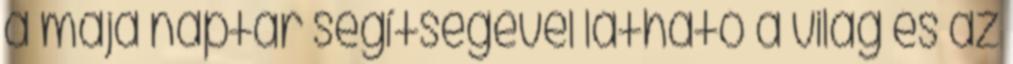
a maja naptár segítségével látható a világ és az